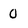
Character: 0